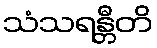
သံသရန္တီတိ